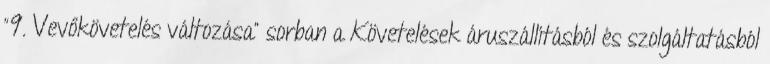
“9. Vevőkövetelés változása” sorban a Követelések áruszállításból és szolgáltatásból